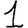
Digit: 1